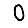
Digit: 0